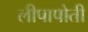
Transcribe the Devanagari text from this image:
लीपापोती